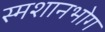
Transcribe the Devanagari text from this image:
स्मशानभोग